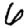
Digit: 6